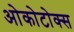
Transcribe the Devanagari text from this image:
ओकोटोक्स